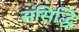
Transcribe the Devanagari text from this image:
संसिद्धिं